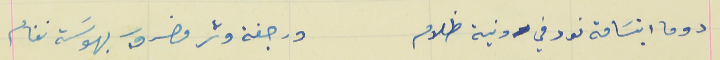
دوما ابتسَامة نور في دنية ظلام                                     ورجفة وتر مضروب بهوسَة نغام